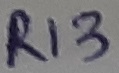
Text: R13